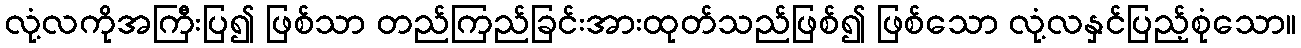
လုံ့လကိုအကြီးပြ၍ ဖြစ်သာ တည်ကြည်ခြင်းအားထုတ်သည်ဖြစ်၍ ဖြစ်သော လုံ့လနှင်ပြည့်စုံသော။